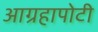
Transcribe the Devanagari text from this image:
आग्रहापोटी